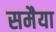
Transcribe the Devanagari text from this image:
समैया